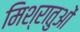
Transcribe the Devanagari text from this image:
मिश्रातुओं